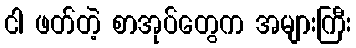
ငါ ဖတ်တဲ့ စာအုပ်တွေက အများကြီး